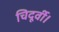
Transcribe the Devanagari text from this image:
चिदूर्वी।